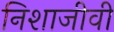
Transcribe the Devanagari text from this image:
निशाजीवी